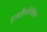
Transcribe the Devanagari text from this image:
ट्राइहैलोमेथेन्स